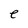
Character: e